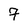
Character: 7